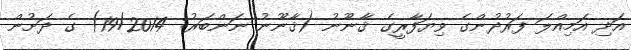
އަދި އަމިއްލަ ފަރުދުންގެ ވިޔަފާރީގެ ޤާނޫނު (ޤާނޫނު ނަންބަރު: 19/2014) ގެ ދަށުން